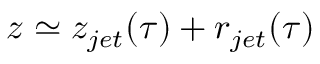
z \simeq z _ { j e t } ( \tau ) + r _ { j e t } ( \tau )